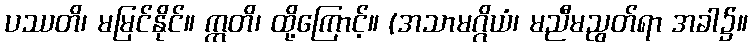
ပဿတိ၊ မမြင်နိုင်။ ဣတိ၊ ထို့ကြောင့်။ (အသာမဂ္ဂိယံ၊ မညီမညွတ်ရာ အခါ၌။